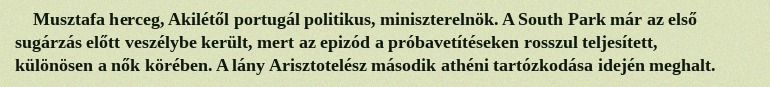
Musztafa herceg, Akilétől portugál politikus, miniszterelnök. A South Park már az első sugárzás előtt veszélybe került, mert az epizód a próbavetítéseken rosszul teljesített, különösen a nők körében. A lány Arisztotelész második athéni tartózkodása idején meghalt.